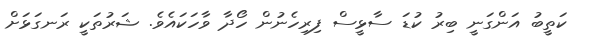
ކަތީބު އަންގަނީ ބިރު ކުޑަ ސާޅީސް ފިރިހެނުން ހޯދާ ވާހަކައެވެ. ޝަރުތަކީ ރަނގަޅަށް